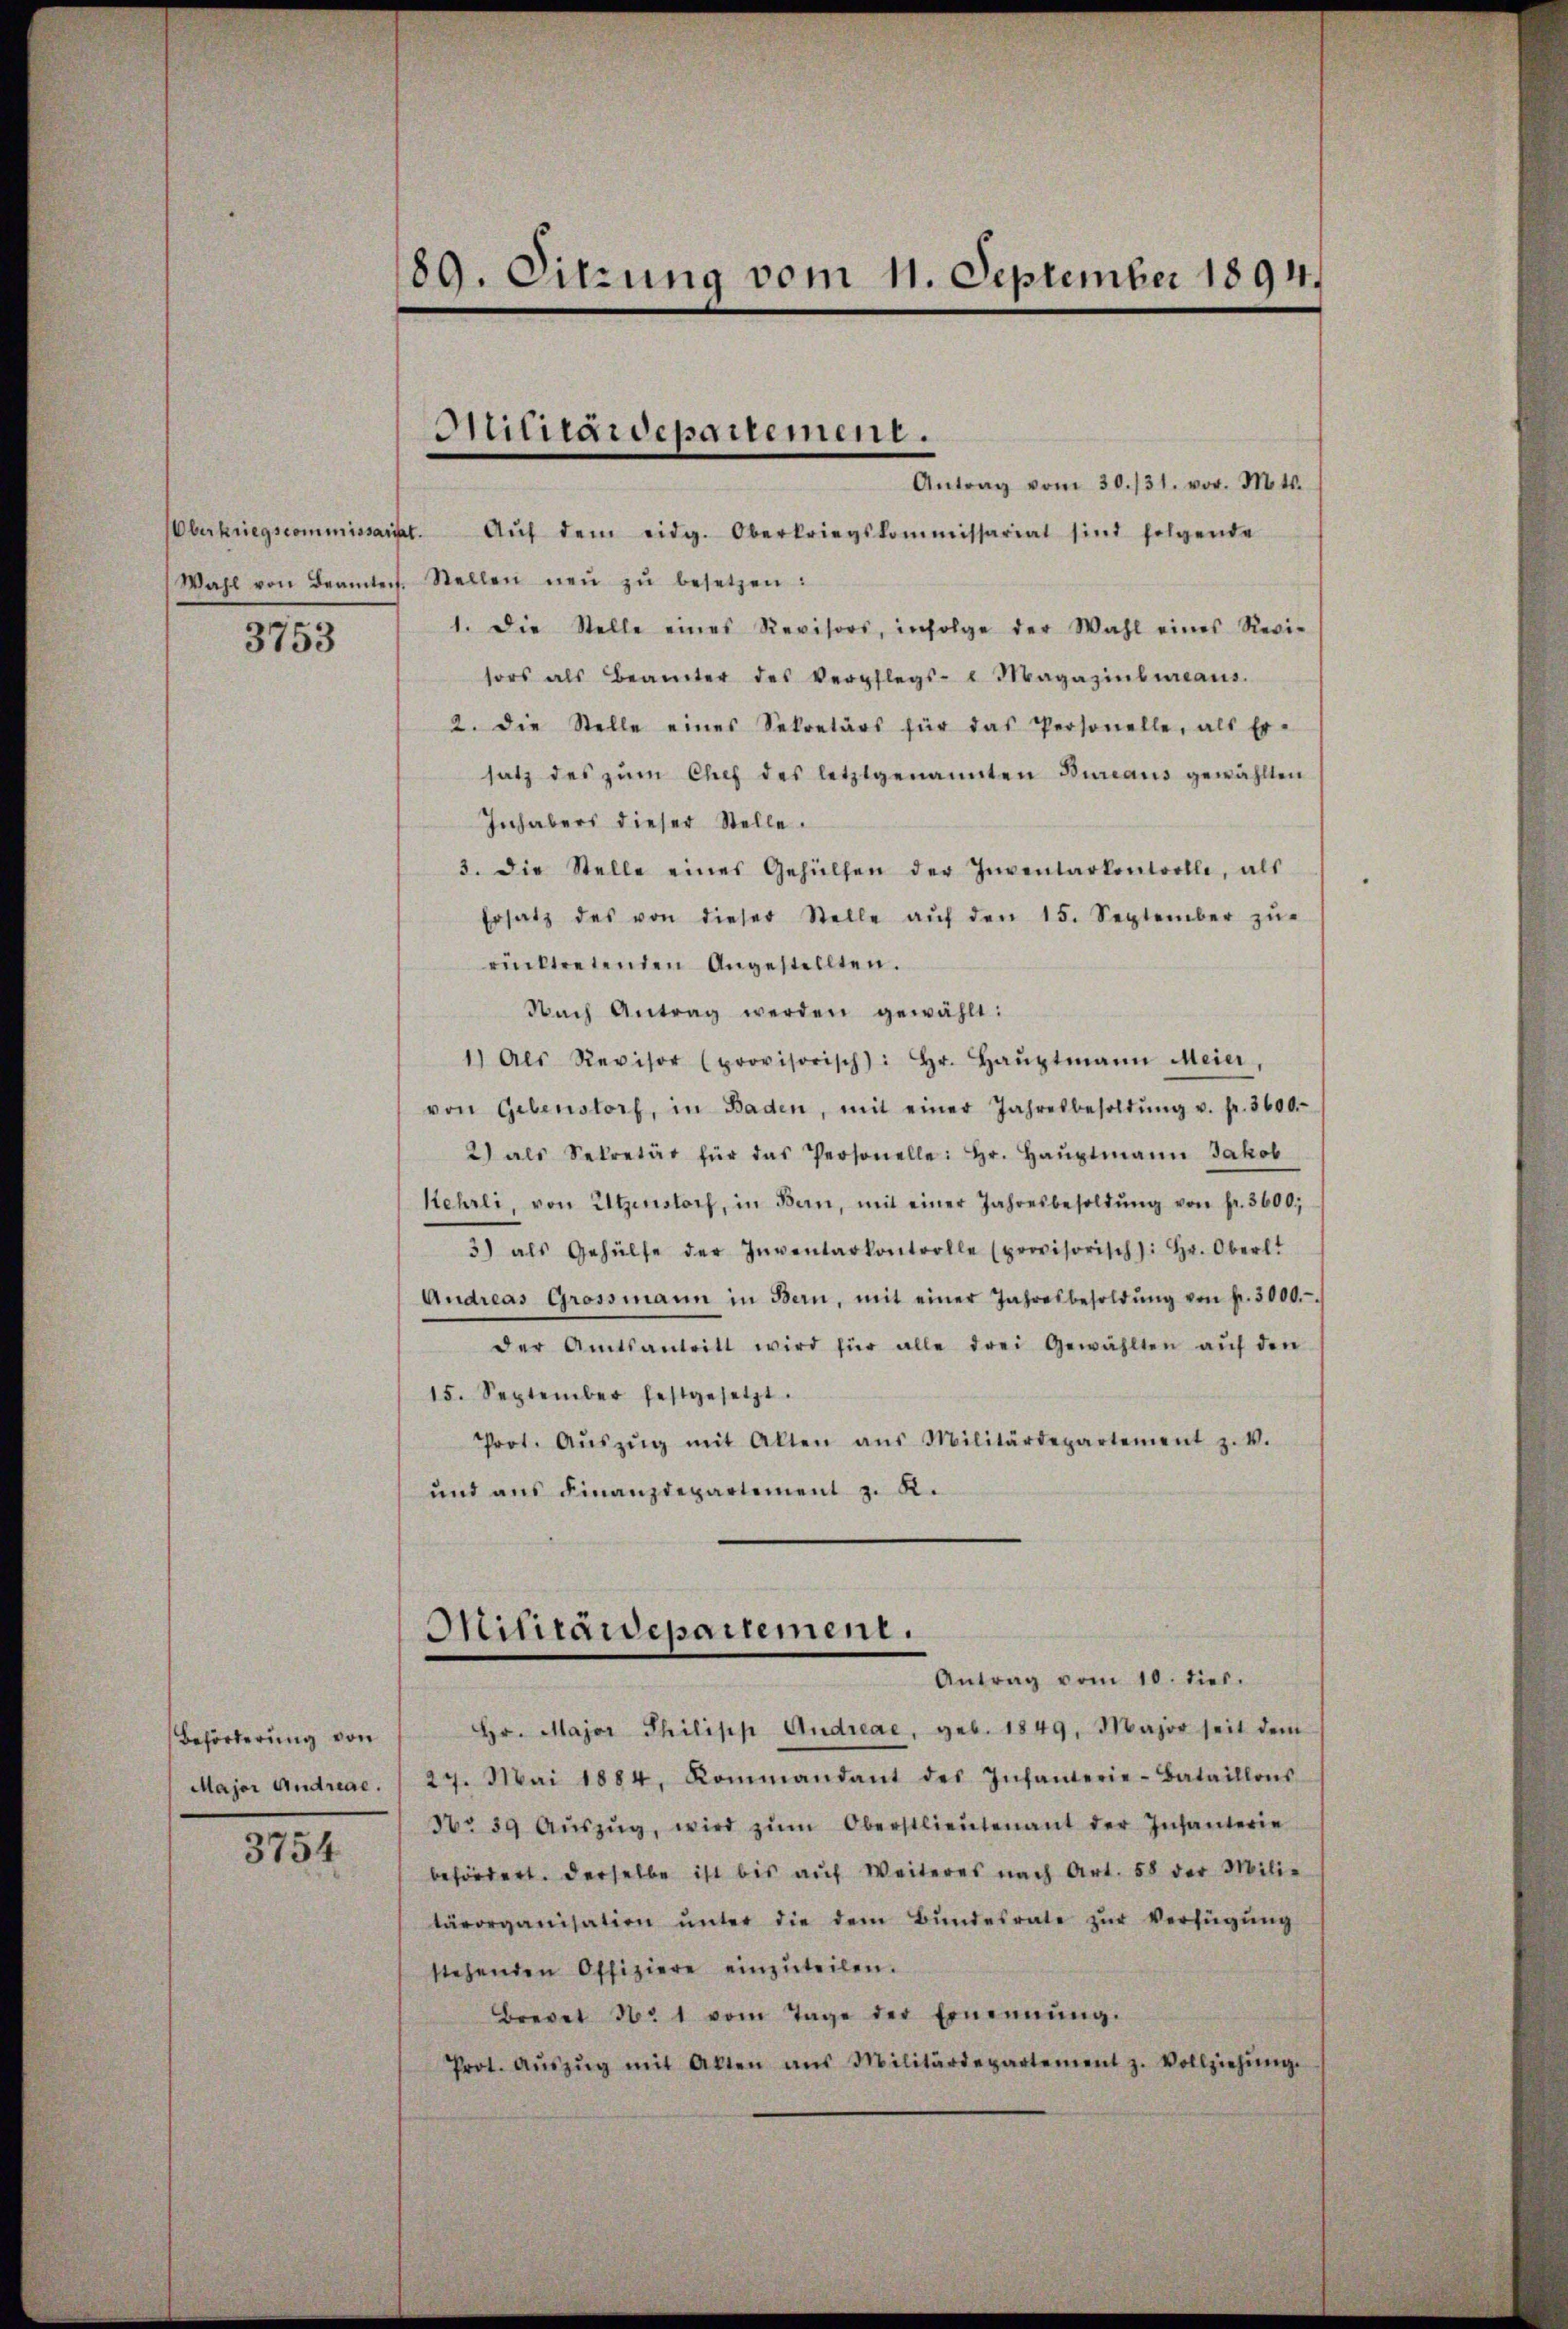
Oberkriegscommissariat.

3753

Behörderung von

3754.

189. Sitzung vom 11. September 1894.

Antrag vom 30./31. vor. Mts.
Aŭf dem eidg. Oberkriegskommissariat sind folgende
Wahl von Beamtes. Stellen neŭ zŭ besetzen:
1. Die Stelle eines Revisors, infolge der Wahl eines Revi-
sors als Beamter des Verpflegs-Magazinbureaus.
2. die Stelle eines Sekretärs für das Personelle, als Er-
satz des zum Chef des letztgenannten Bureaus gewählten
Inhabers dieser Stelle.
3. die Stelle eines Gehülfen der Inventarkontrolle, als
Ersatz des von dieser Stelle aŭf den 15. September zŭ-
rücktretenden Angestellten.
Nach Antrag werden gewählt:
1) Als Revisor (provisorisch): Hr. Haŭptmann Meier,
von Gebenstorf, in Baden, mit einer Jahresbesoldŭng u. fr. 3600.
2) als Sekretär für das Personelle: Hr. Haŭptmann Jakob
Kehrli, von Utzenstorf, in Bern, mit einer Jahresbesoldŭng von fr. 3600;
3) als Gehülfe der Inventarkontrolle (provisorisch): Hr. Oberl!
Andreas Grossmann in Bern, mit einer Jahresbesoldŭng von fr. 3000.
der Amtsantritt wird für alle drei Gewählten aŭf den
15. September festgesetzt.
Prot. Aŭszŭg mit Alten aus Militärdepartement z. V.
und ans Finanzdepartement z. R.

Militärdepartement.

Mitraidepartement.
Antrag vom 10. dies.

Hr. Major Philipp Andreae, geb. 1849. Major seit dem
Major Andreae. / 27. Mai 1884, Kommandant des Infanterie-Bataillons
No 39 Aŭszŭg, wird zŭm Oberstlieutenant der Infanterie
befördert. Derselbe ist bis aŭf Weiteres nach Art. 58 der Milie
tärorganisation ŭnter die dem Bŭndesrate zŭr Verfügŭng
stehenden Offiziere einzŭteilen.
Brevet No 1 vom Tage der Ernennung.
Prot. Aŭszŭg mit Akten aŭs Militärdepartement z. Vollziehŭng.